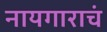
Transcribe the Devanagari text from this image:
नायगाराचं